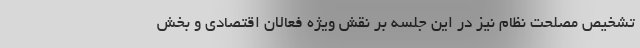
تشخیص مصلحت نظام نیز در این جلسه بر نقش ویژه فعالان اقتصادی و بخش